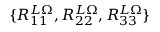
\{ R _ { 1 1 } ^ { L \Omega } , R _ { 2 2 } ^ { L \Omega } , R _ { 3 3 } ^ { L \Omega } \}